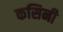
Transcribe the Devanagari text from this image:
कसिनी